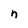
Character: n